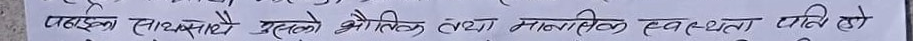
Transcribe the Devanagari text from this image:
पहिला साथसाथै यसको भौतिक तथा मानसिक स्वस्था पनि हो